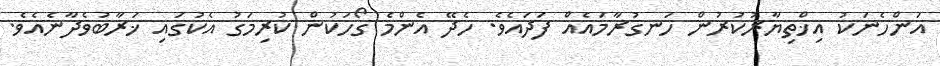
އަންހެނަކު އިޚްތިޔާރުކުރުން ހަނގުރާމައެއް ފަދައެވެ. ހެދޭ އެންމެ ގޯހަކުން ކުރިމަގު އެކުގައި ޚަރާބުވެދާނެއެވެ.